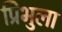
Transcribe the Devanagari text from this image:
प्रिभुला